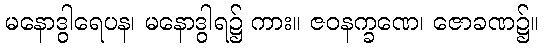
မနောဒွါရေပန၊ မနောဒွါရ၌ ကား။ ဇဝနက္ခဏေ၊ ဇောခဏ၌။